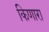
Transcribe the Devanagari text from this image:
किणारा